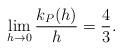
LaTeX: \begin{align*} \begin{aligned}\lim_{h\rightarrow0}\frac{k_P(h)}{h}=\frac{4}{3}. \end{aligned} \end{align*}